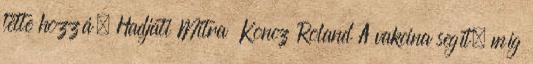
tette hozzá. Hadjati Mitra Koncz Roland A vakcina segít, míg